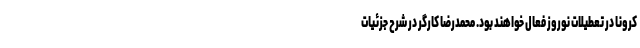
کرونا در تعطیلات نوروز فعال خواهند بود. محمدرضا کارگر در شرح جزئیات